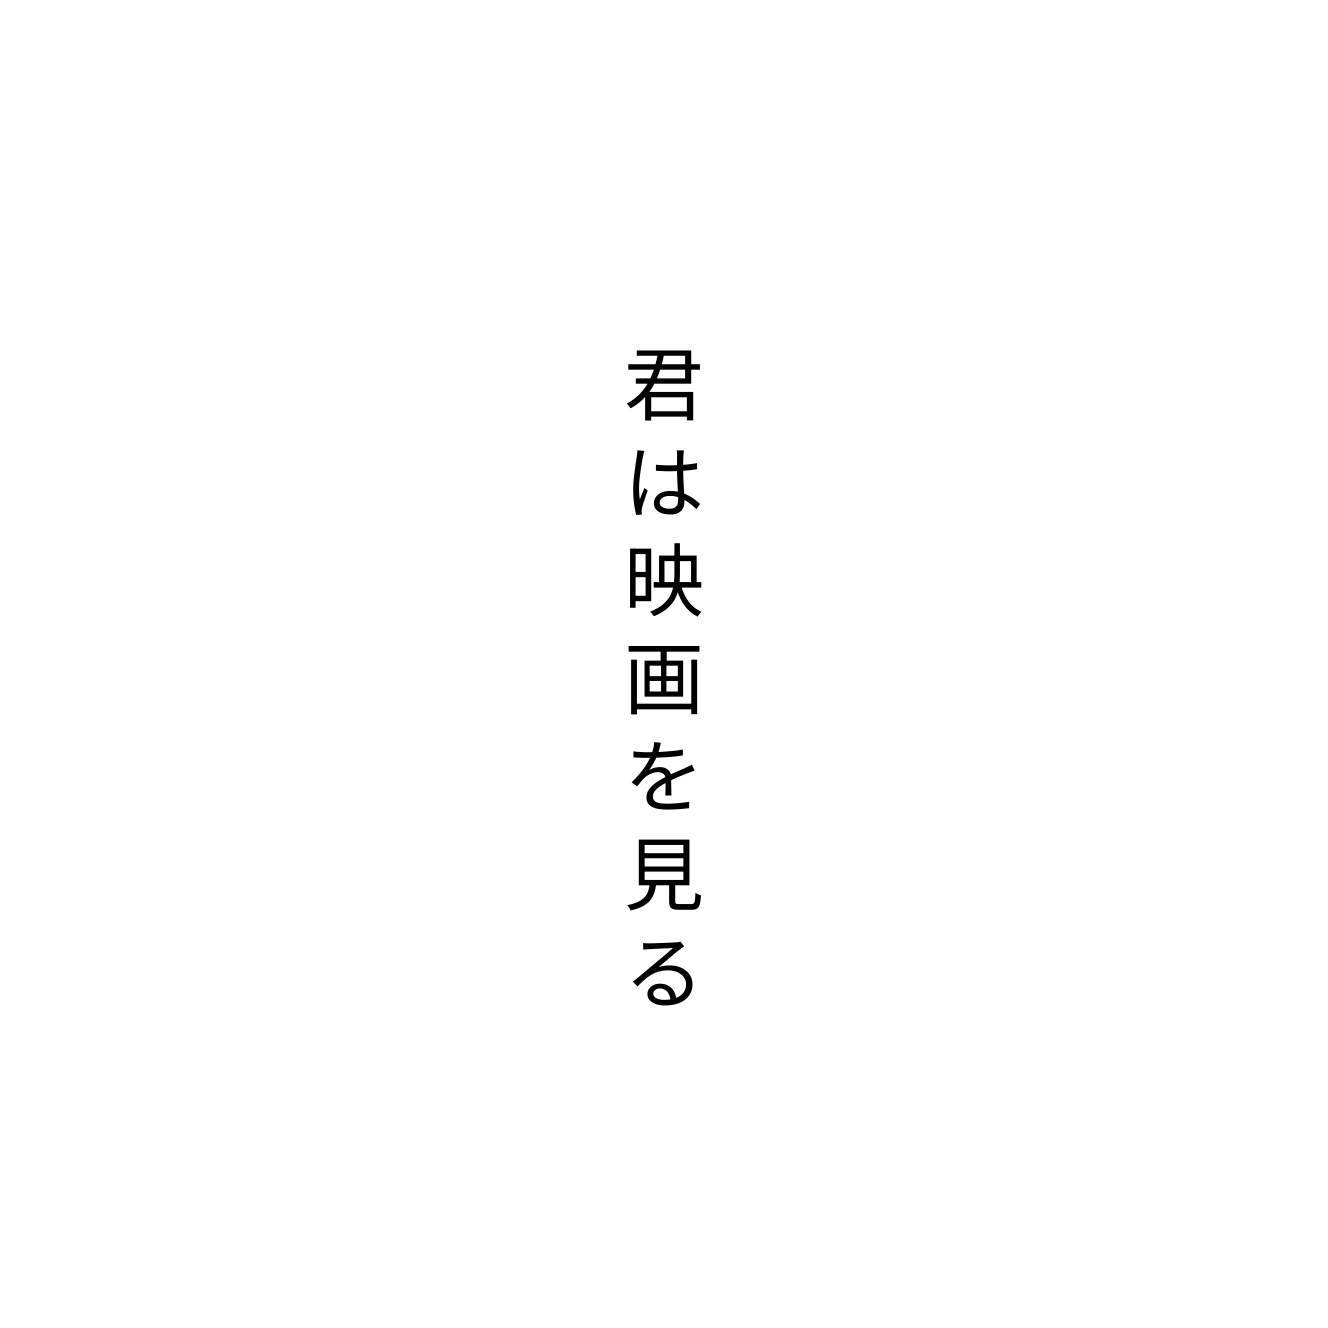
君は映画を見る